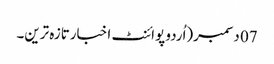
07 دسمبر(اُردو پوائنٹ اخبارتازہ ترین۔